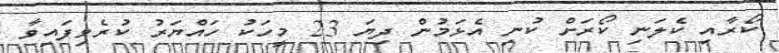
ކޯރާއި ކެލަނި ކޯރަށް ކުނި އެޅަމުން ދިޔަ 23 މީހަކު ހައްޔަރު ކުރެވިފައިވާ